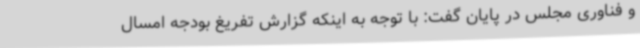
و فناوری مجلس در پایان گفت: با توجه به اینکه گزارش تفریغ بودجه امسال